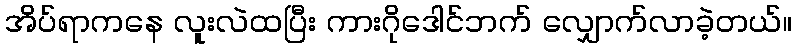
အိပ်ရာကနေ လူးလဲထပြီး ကားဂိုဒေါင်ဘက် လျှောက်လာခဲ့တယ်။